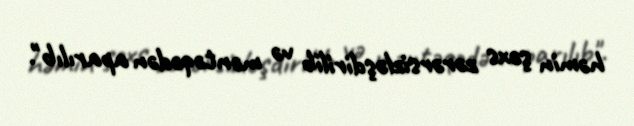
həmin şəxs zərərsizləşdirilib və məntəqədən aparılıb".